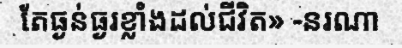
តែធ្ងន់ធ្ងរខ្លាំងដល់ជីវិត» -នរណា